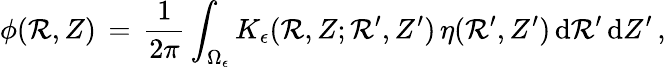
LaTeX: \phi(\mathcal{R},Z)\, =\, \frac{{1}}{{2\pi}}\int_{\Omega_{\epsilon}}K_{\epsilon}(\mathcal{R},Z;\mathcal{R}^{\prime},Z^{\prime})\, \eta(\mathcal{R}^{\prime},Z^{\prime})\, \mathrm{{d}}\mathcal{R}^{\prime}\, \mathrm{{d}}Z^{\prime}\, ,